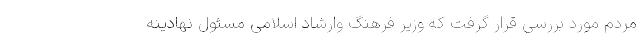
مردم مورد بررسی قرار گرفت که وزیر فرهنگ وارشاد اسلامی مسئول نهادینه